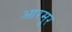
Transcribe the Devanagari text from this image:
आरमूर